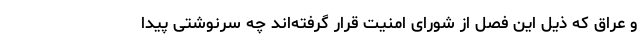
و عراق که ذیل این فصل از شورای امنیت قرار گرفته‌اند چه سرنوشتی پیدا